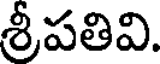
శ్రీపతివి.